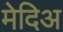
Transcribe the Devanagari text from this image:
मेदिअ